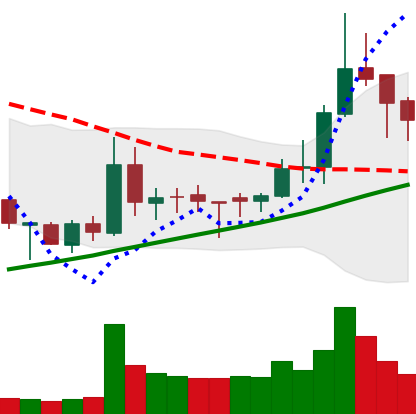
Ticker: BNB-USD
Chart end date: 2018-03-27
Forward return: -3.842%
Label: down_3_5